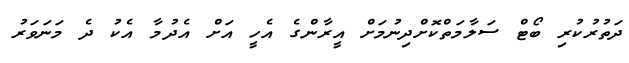
ދަތުރުކުރި ބޯޓް ސަލާމަތްކޮށްދިނުމަށް އީރާންގެ އެހީ އަށް އެދުމާ އެކު ދެ މަނަވަރު